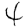
Digit: 4